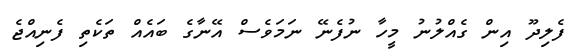
ފެލިދޫ އިން ގެއްލުނު މީހާ ނުފެނޭ ނަމަވެސް އޭނާގެ ބައެއް ތަކެތި ފެނިއްޖެ